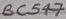
Text: BC547